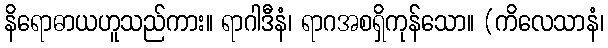
နိရောဓာယဟူသည်ကား။ ရာဂါဒီနံ၊ ရာဂအစရှိကုန်သော။ (ကိလေသာနံ၊